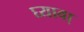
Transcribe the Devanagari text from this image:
घ्यावा़